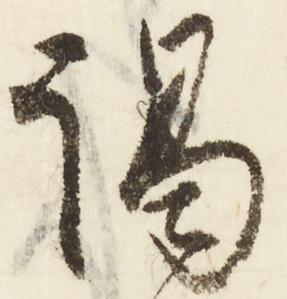
謁